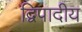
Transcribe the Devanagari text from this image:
द्विपादीय